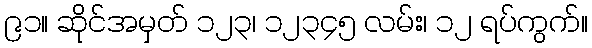
၉၁။ ဆိုင်အမှတ် ၁၂၃၊ ၁၂၃၄၅ လမ်း၊ ၁၂ ရပ်ကွက်။